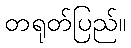
တရုတ်ပြည်။